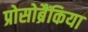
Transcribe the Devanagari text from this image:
प्रोसोब्रैंकिया